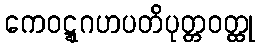
ကေဝဋ္ဋဂဟပတိပုတ္တဝတ္ထု